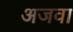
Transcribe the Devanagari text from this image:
अजवा